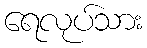
ရေလုပ်သား